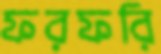
ফরফরি